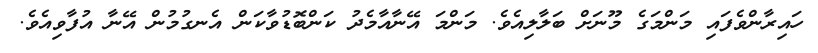
ހައިރާންވެފައި މަންމަގެ މޫނަށް ބަލާލިއެވެ. މަންމަ އޭނާއާމެދު ކަންބޮޑުވާކަން އެނގުމުން އޭނާ އުފާވިއެވެ.